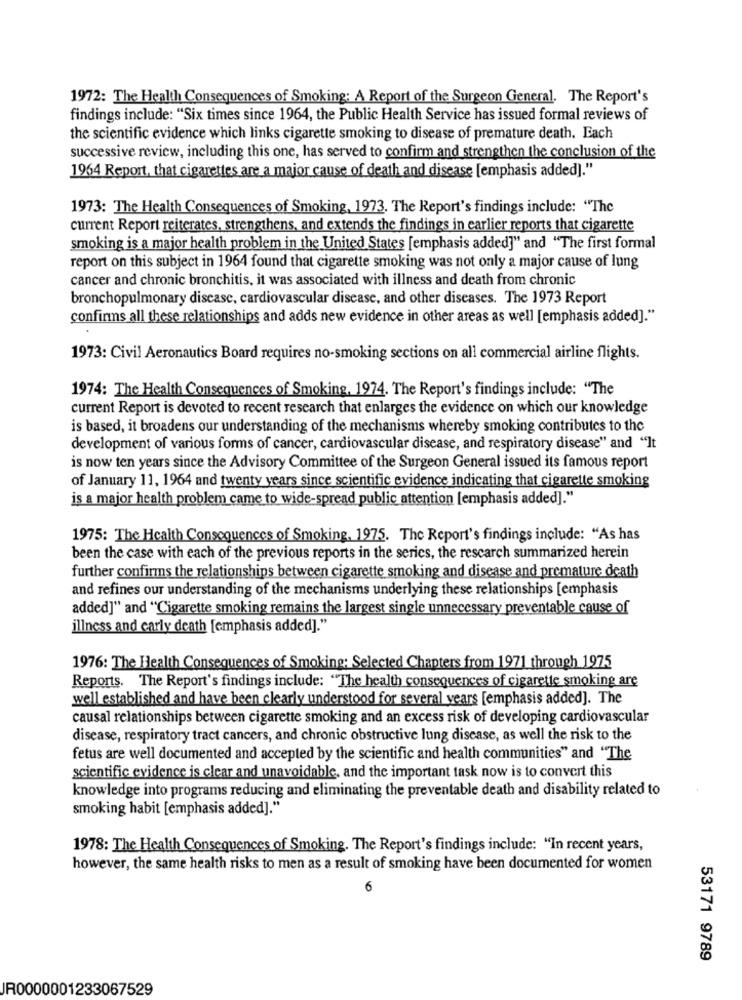
1972: The Health Consequences of Smoking: A Report of the Surgeon General. The Report's
findings include: "Six times since 1964, the Public Health Service has issued formal reviews of
the scientific evidence which links cigarette smoking to disease of premature death. Each
successive review, including this one, has served to confirm and strengthen the conclusion of the
1964 Report, that cigarettes are a major cause of death and disease [emphasis added]."
1973: The Health Consequences of Smoking, 1973. The Report's findings include: "The
current Report reiterates, strengthens, and extends the findings in earlier reports that cigarette
smoking is a major health problem in the United States [emphasis added]" and "The first formal
report on this subject in 1964 found that cigarette smoking was not only a major cause of lung
cancer and chronic bronchitis, it was associated with illness and death from chronic
bronchopulmonary disease, cardiovascular disease, and other diseases. The 1973 Report
confinns all these relationships and adds new evidence in other areas as well [emphasis added]."
1973: Civil Aeronautics Board requires no-smoking sections on all commercial airline flights.
1974: The Health Consequences of Smoking, 1974. The Report's findings include: "The
current Report is devoted to recent research that enlarges the evidence on which our knowledge
is based, it broadens our understanding of the mechanisms whereby smoking contributes to the
development of various forms of cancer, cardiovascular disease, and respiratory disease" and "It
is now ten years since the Advisory Committee of the Surgeon General issued its famous report
of January 11, 1964 and twenty years since scientific evidence indicating that cigarette smoking
is a major health problem came to wide-spread public attention [emphasis added]."
1975: The Health Consequences of Smoking, 1975. The Report's findings include: "As has
been the case with each of the previous reports in the series, the rescarch summarized herein
further confirms the relationships between cigarette smoking and disease and premature death
and refines our understanding of the mechanisms underlying these relationships [emphasis
added]" and "Cigarette smoking remains the largest single unnecessary preventable cause of
illness and carly death [emphasis added]."
1976: The Health Consequences of Smoking: Selected Chapters from 1971 through 1975
Reports. The Report's findings include: "The health consequences of cigarette smoking are
well established and have been clearly understood for several years [emphasis added]. The
causal relationships between cigarette smoking and an excess risk of developing cardiovascular
disease, respiratory tract cancers, and chronic obstructive lung disease, as well the risk to the
fetus are well documented and accepted by the scientific and health communities" and "The
scientific evidence is clear and unavoidable, and the important task now is to convert this
knowledge into programs reducing and eliminating the preventable death and disability related to
smoking habit [emphasis added]."
1978: The Health Consequences of Smoking. The Report's findings include: "In recent years,
however, the same health risks to men as a result of smoking have been documented for women
6
53171 9789
JR0000001233067529